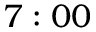
7 : 0 0